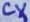
Text: CX